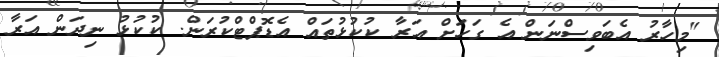
"މިހާރު އެބަވިސްނަން އެ ގަހަށް އަރާ ކުކުޅުތައް އެޑޮޕްޓްކުރަން. ކުކުޅު ނިދަން އަރާ